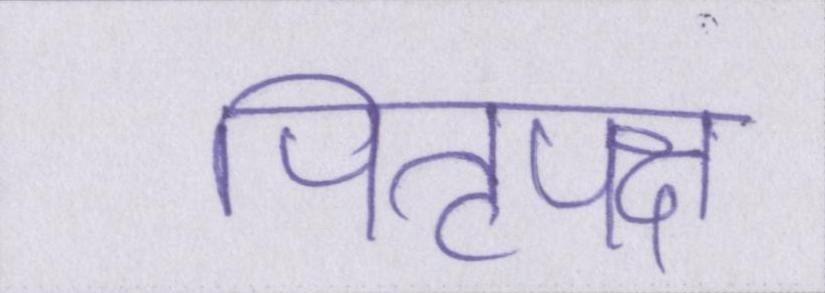
पितृपक्ष